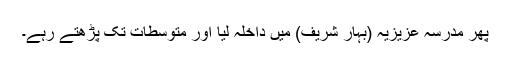
پھر مدرسہ عزیزیہ (بہار شریف) میں داخلہ لیا اور متوسطات تک پڑھتے رہے۔